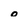
Character: o